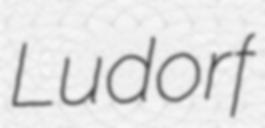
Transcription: Ludorf